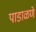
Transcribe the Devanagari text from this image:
पाडाळणे